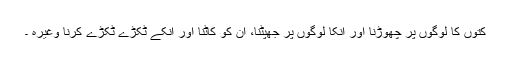
کتوں کا لوگوں پر چھوڑنا اور انکا لوگوں پر جھپٹنا، ان کو کاٹنا اور انکے ٹکڑے ٹکڑے کرنا وغیرہ ۔